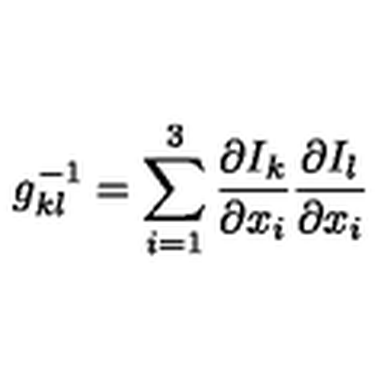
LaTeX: g _ { k l } ^ { - 1 } = \sum _ { i = 1 } ^ { 3 } \frac { \partial I _ { k } } { \partial x _ { i } } \frac { \partial I _ { l } } { \partial x _ { i } }